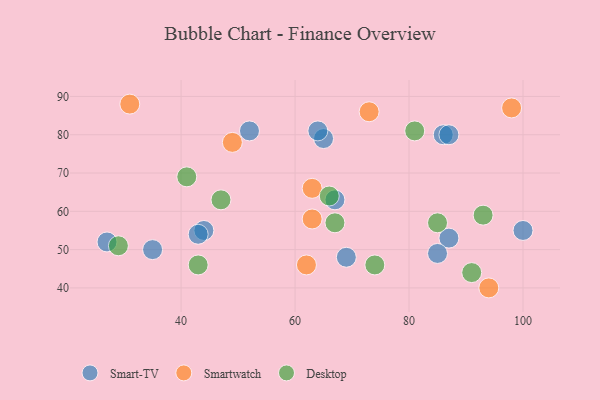
{"axis": {"x": "GDP", "y": "Life Expectancy"}, "legend": ["Desktop", "Smart-TV", "Smartwatch"], "data": [{"x": "100", "y": 55, "type": "Smart-TV"}, {"x": "52", "y": 81, "type": "Smart-TV"}, {"x": "35", "y": 50, "type": "Smart-TV"}, {"x": "87", "y": 53, "type": "Smart-TV"}, {"x": "67", "y": 63, "type": "Smart-TV"}, {"x": "85", "y": 49, "type": "Smart-TV"}, {"x": "86", "y": 80, "type": "Smart-TV"}, {"x": "87", "y": 80, "type": "Smart-TV"}, {"x": "44", "y": 55, "type": "Smart-TV"}, {"x": "69", "y": 48, "type": "Smart-TV"}, {"x": "65", "y": 79, "type": "Smart-TV"}, {"x": "64", "y": 81, "type": "Smart-TV"}, {"x": "27", "y": 52, "type": "Smart-TV"}, {"x": "43", "y": 54, "type": "Smart-TV"}, {"x": "94", "y": 40, "type": "Smartwatch"}, {"x": "63", "y": 58, "type": "Smartwatch"}, {"x": "98", "y": 87, "type": "Smartwatch"}, {"x": "73", "y": 86, "type": "Smartwatch"}, {"x": "63", "y": 66, "type": "Smartwatch"}, {"x": "62", "y": 46, "type": "Smartwatch"}, {"x": "31", "y": 88, "type": "Smartwatch"}, {"x": "49", "y": 78, "type": "Smartwatch"}, {"x": "91", "y": 44, "type": "Desktop"}, {"x": "93", "y": 59, "type": "Desktop"}, {"x": "43", "y": 46, "type": "Desktop"}, {"x": "41", "y": 69, "type": "Desktop"}, {"x": "74", "y": 46, "type": "Desktop"}, {"x": "67", "y": 57, "type": "Desktop"}, {"x": "29", "y": 51, "type": "Desktop"}, {"x": "85", "y": 57, "type": "Desktop"}, {"x": "47", "y": 63, "type": "Desktop"}, {"x": "66", "y": 64, "type": "Desktop"}, {"x": "81", "y": 81, "type": "Desktop"}]}